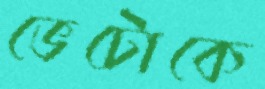
ভেটোকে